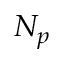
N _ { p }